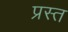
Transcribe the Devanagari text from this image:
प्रस्त